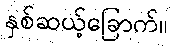
နှစ်ဆယ့်ခြောက်။